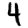
Digit: 4